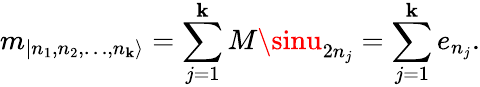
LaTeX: m_{|n_{1},n_{2},\dots,n_{\mathbf{k}}\rangle}=\sum_{j=1}^{\mathbf{k}}M\sinu_{2n_{j}}=\sum_{j=1}^{\mathbf{k}}e_{n_{j}}.